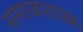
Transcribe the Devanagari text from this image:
समाजशास्त्रः